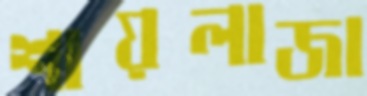
শায়লাজা